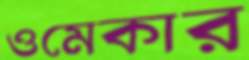
ওমেকার